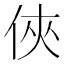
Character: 俠